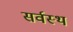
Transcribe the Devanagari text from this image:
सर्वस्थ